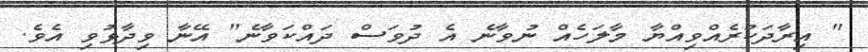
" އިރާދަކުރެއްވިއްޔާ މާލަހެއް ނުވާނެ އެ ދުވަސް ދައްކަވާނެ" އޭނާ ވިދާޅުވި އެވެ.